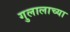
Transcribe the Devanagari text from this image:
गुलालाच्या